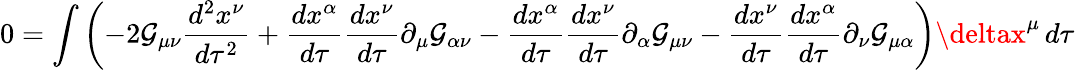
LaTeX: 0=\int\left(-2\mathcal{G}_{\mu\nu}{\frac{{d^{2}x^{\nu}}}{{d\tau^{2}}}}+{\frac{{dx^{\alpha}}}{{d\tau}}}{\frac{{dx^{\nu}}}{{d\tau}}}\partial_{\mu}\mathcal{G}_{\alpha\nu}-{\frac{{dx^{\alpha}}}{{d\tau}}}{\frac{{dx^{\nu}}}{{d\tau}}}\partial_{\alpha}\mathcal{G}_{\mu\nu}-{\frac{{dx^{\nu}}}{{d\tau}}}{\frac{{dx^{\alpha}}}{{d\tau}}}\partial_{\nu}\mathcal{G}_{\mu\alpha}\right)\deltax^{\mu}\, d\tau